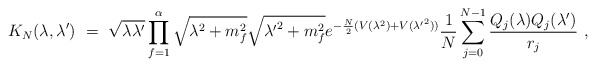
\begin{align*}K_N(\lambda,\lambda')~=~ \sqrt{\lambda \lambda'} \prod_{f=1}^{\alpha} \sqrt{\lambda^2+m_f^2}\sqrt{{\lambda'}^2+m_f^2} e^{-\frac{N}{2} (V(\lambda^2)+V({\lambda'}^2))} \frac{1}{N} \sum_{j=0}^{N-1} \frac{Q_j(\lambda) Q_j(\lambda')}{r_j} ~,\end{align*}